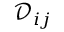
\mathcal { D } _ { i j }